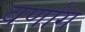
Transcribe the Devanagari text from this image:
वर्णांग